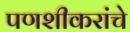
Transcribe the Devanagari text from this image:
पणशीकरांचे